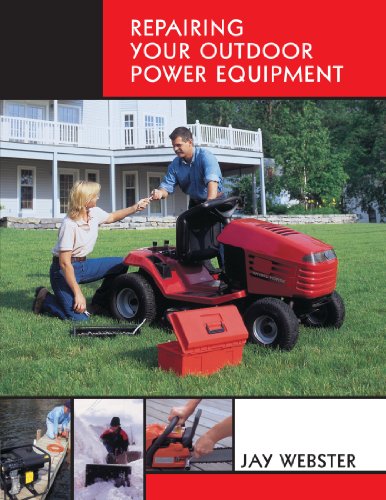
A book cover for Repairing Your Outdoor Power Equipment (Trade); Jay Webster; Business & Money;